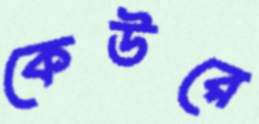
কেউরে